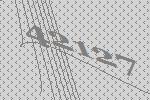
42127